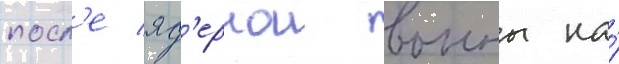
посл'е яд'ернои воины на́